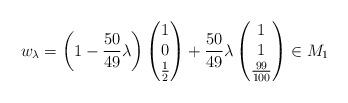
LaTeX: \begin{align*} w_\lambda = \left(1-\frac{50}{49}\lambda\right) \begin{pmatrix}1\\0\\\frac{1}{2}\end{pmatrix} + \frac{50}{49}\lambda \begin{pmatrix}1\\1\\\frac{99}{100}\end{pmatrix} \in M_1 \end{align*}